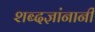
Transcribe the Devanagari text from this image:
शब्दज्ञांनानी